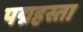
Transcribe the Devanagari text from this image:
पद्महस्ता